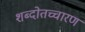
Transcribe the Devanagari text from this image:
शब्दोतच्चारण